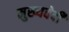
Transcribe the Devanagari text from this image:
मुख्यवेदी